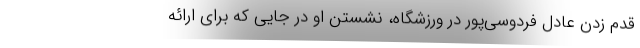
قدم زدن عادل فردوسی‌پور در ورزشگاه، نشستن او در جایی که برای ارائه